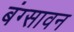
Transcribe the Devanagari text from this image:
बंग्सावन